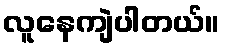
လူနေကျဲပါတယ်။